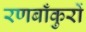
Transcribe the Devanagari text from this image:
रणबाँकुरों